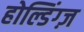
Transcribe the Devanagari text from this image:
होल्डिंग्ज़